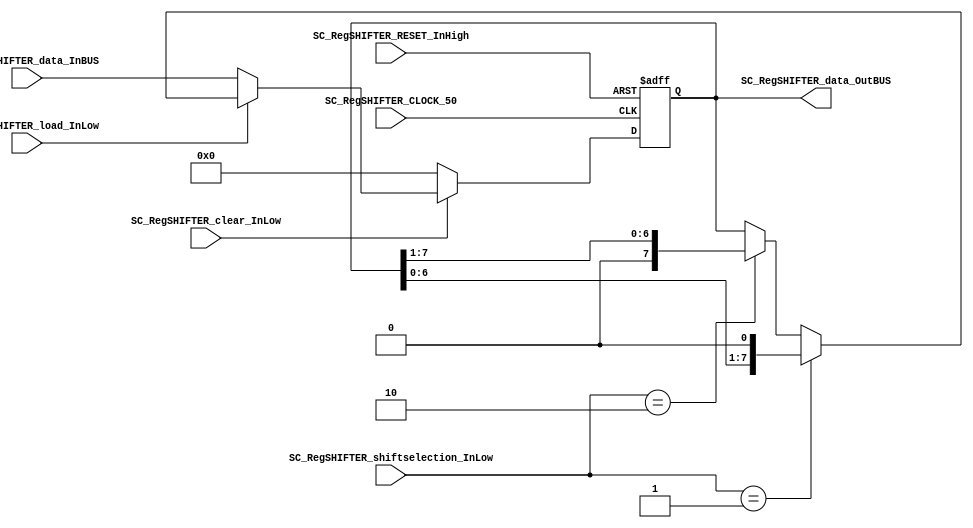
/*######################################################################
//#	G0B1T: HDL EXAMPLES. 2018.
//######################################################################
//# Copyright (C) 2018. F.E.Segura-Quijano (FES) fsegura@uniandes.edu.co
//# 
//# This program is free software: you can redistribute it and/or modify
//# it under the terms of the GNU General Public License as published by
//# the Free Software Foundation, version 3 of the License.
//#
//# This program is distributed in the hope that it will be useful,
//# but WITHOUT ANY WARRANTY; without even the implied warranty of
//# MERCHANTABILITY or FITNESS FOR A PARTICULAR PURPOSE.  See the
//# GNU General Public License for more details.
//#
//# You should have received a copy of the GNU General Public License
//# along with this program.  If not, see <http://www.gnu.org/licenses/>
//####################################################################*/
//=======================================================
//  MODULE Definition
//=======================================================
module SC_RegSHIFTER #(parameter RegSHIFTER_DATAWIDTH=8)(
	//////////// OUTPUTS //////////
	SC_RegSHIFTER_data_OutBUS,
	//////////// INPUTS //////////
	SC_RegSHIFTER_CLOCK_50,
	SC_RegSHIFTER_RESET_InHigh,
	SC_RegSHIFTER_clear_InLow, 
	SC_RegSHIFTER_load_InLow, 
	SC_RegSHIFTER_shiftselection_InLow,
	SC_RegSHIFTER_data_InBUS
);
//=======================================================
//  PARAMETER declarations
//=======================================================

//=======================================================
//  PORT declarations
//=======================================================
output		[RegSHIFTER_DATAWIDTH-1:0]	SC_RegSHIFTER_data_OutBUS;
input		SC_RegSHIFTER_CLOCK_50;
input		SC_RegSHIFTER_RESET_InHigh;
input		SC_RegSHIFTER_clear_InLow;
input		SC_RegSHIFTER_load_InLow;	
input		[1:0] SC_RegSHIFTER_shiftselection_InLow;
input		[RegSHIFTER_DATAWIDTH-1:0]	SC_RegSHIFTER_data_InBUS;

//=======================================================
//  REG/WIRE declarations
//=======================================================
reg [RegSHIFTER_DATAWIDTH-1:0] RegSHIFTER_Register;
reg [RegSHIFTER_DATAWIDTH-1:0] RegSHIFTER_Signal;
//=======================================================
//  Structural coding
//=======================================================
//INPUT LOGIC: COMBINATIONAL
always @(*)
begin
	if (SC_RegSHIFTER_clear_InLow == 1'b0)
		RegSHIFTER_Signal = 0;
	else if (SC_RegSHIFTER_load_InLow == 1'b0)
		RegSHIFTER_Signal = SC_RegSHIFTER_data_InBUS;
	else if (SC_RegSHIFTER_shiftselection_InLow == 2'b01)
		RegSHIFTER_Signal = RegSHIFTER_Register << 1'b1;   
		//RegSHIFTER_Signal = {RegSHIFTER_Register[DATAWIDTH_BUS-2:0],0}
	else if (SC_RegSHIFTER_shiftselection_InLow== 2'b10)
		RegSHIFTER_Signal = RegSHIFTER_Register >> 1'b1;   
		//RegSHIFTER_Signal = {0,RegSHIFTER_Register[DATAWIDTH_BUS-1:1]}
	else
		RegSHIFTER_Signal = RegSHIFTER_Register;
	end	
//STATE REGISTER: SEQUENTIAL
always @(posedge SC_RegSHIFTER_CLOCK_50, posedge SC_RegSHIFTER_RESET_InHigh)
begin
	if (SC_RegSHIFTER_RESET_InHigh == 1'b1)
		RegSHIFTER_Register <= 0;
	else
		RegSHIFTER_Register <= RegSHIFTER_Signal;
end
//=======================================================
//  Outputs
//=======================================================
//OUTPUT LOGIC: COMBINATIONAL
assign SC_RegSHIFTER_data_OutBUS = RegSHIFTER_Register;

endmodule